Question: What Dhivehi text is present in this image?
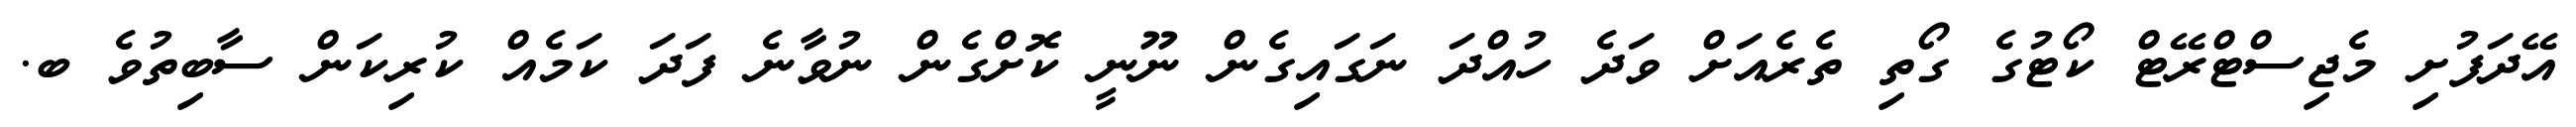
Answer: އޭދަފުށި މެޖިސްޓްރޭޓް ކޯޓުގެ ގޯތި ތެރެއަށް ވަދެ ހުއްދަ ނަގައިގެން ނޫނީ ކޮށްގެން ނުވާނެ ފަދަ ކަމެއް ކުރިކަން ސާބިތުވެ ބ.